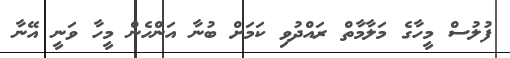
ފުލުސް މީހާގެ މަލާމާތް ރައްދުވި ކަމަށް ބުނާ އަންހެން މީހާ ވަނީ އޭނާ